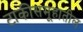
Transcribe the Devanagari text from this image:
टाकीसमूहातील